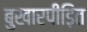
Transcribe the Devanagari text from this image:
बुखारपीड़ित